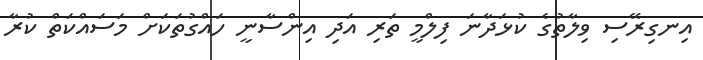
އިނގިރޭސި ވިލާތުގެ ކުޅަދާނަ ފިލްމީ ތަރި އަދި އިންސާނީ ހައްގުތަކަށް މަސައްކަތް ކުރާ